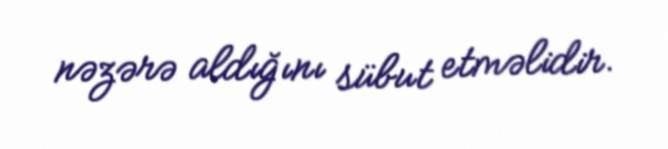
nəzərə aldığını sübut etməlidir.